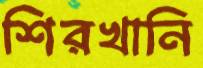
শিরখানি